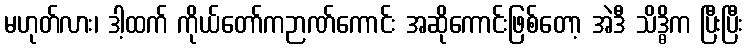
မဟုတ်လား၊ ဒါ့ထက် ကိုယ်တော်ကဉာဏ်ကောင်း အဆိုကောင်းဖြစ်တော့ အဲဒီ သိဒ္ဓိက ပြီးပြီး